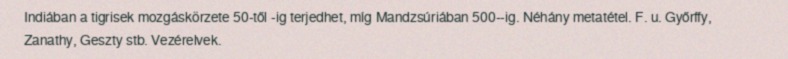
Indiában a tigrisek mozgáskörzete 50-től -ig terjedhet, míg Mandzsúriában 500--ig. Néhány metatétel. F. u. Győrffy, Zanathy, Geszty stb. Vezérelvek.